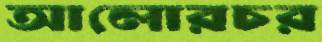
আলোরচর